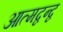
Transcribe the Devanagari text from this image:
आत्मद्वन्द्व